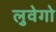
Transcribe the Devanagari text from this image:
लुवेगो